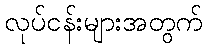
လုပ်ငန်းများအတွက်